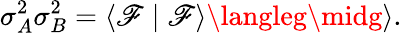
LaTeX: \sigma_{A}^{2}\sigma_{B}^{2}=\langle\mathscr{F}\mid\mathscr{F}\rangle\langleg\midg\rangle.